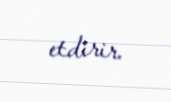
etdirir.